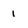
Character: 1